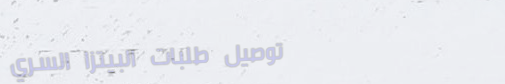
توصيل طلبات البيتزا السري